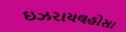
ઇઝરાયલહોસા